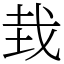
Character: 㘽